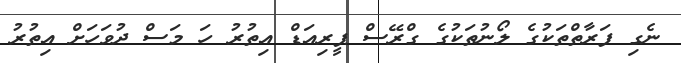
ނެގި ފަރާތްތަކުގެ ލޯނުތަކުގެ ގްރޭސް ޕީރިއަޑް އިތުރު ހަ މަސް ދުވަހަށް އިތުރު